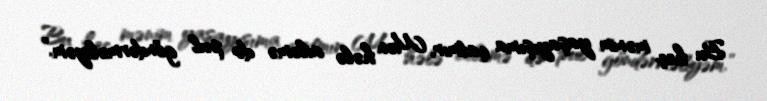
Bu heç mənim yaşayışıma çatmır, Mən hələ ailəmə də pul göndərməliyəm.”